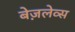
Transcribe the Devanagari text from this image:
बेज़लेव्स